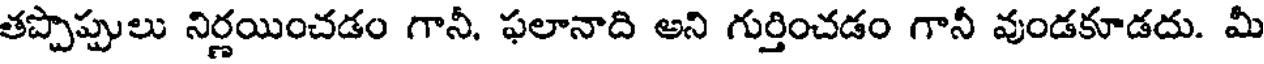
తప్పొప్పులు నిర్ణయించడం గానీ, ఫలానాది అని గుర్తించడం గానీ వుండకూడదు. మీ